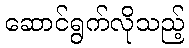
ဆောင်ရွက်လိုသည့်